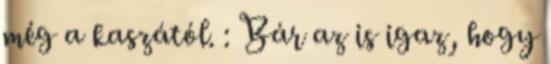
még a kaszától. : Bár az is igaz, hogy